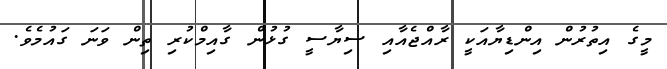
މީގެ އިތުރުން އިންޑިޔާއަކީ ރާއްޖެއާއި ސިޔާސީ ގުޅުން ގާއިމްކުރި ތިން ވަނަ ގައުމެވެ.